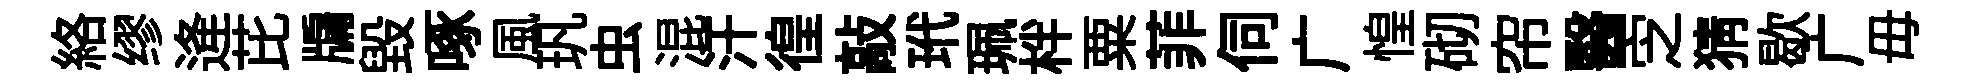
絡缪逄芘牖毀啄風㺬虫混汗徨敲玳珮柈粟菲伺广惶砌帘醫㝎猜歇广毋